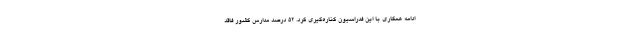
ادامه همکاری با این فدراسیون کناره‌گیری کرد. ۵۲ درصد مدارس کشور فاقد